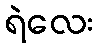
ရဲလေး